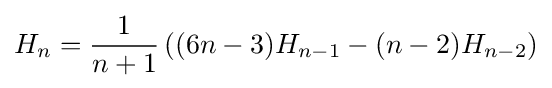
H_{n}={\frac {1}{n+1}}\left((6n-3)H_{n-1}-(n-2)H_{n-2}\right)